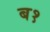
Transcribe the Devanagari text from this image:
ब१